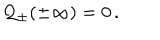
{ \cal Q } _ { \pm } ( \pm \infty ) = 0 \, .